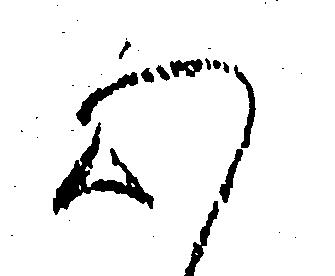
心